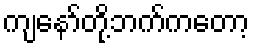
ကျနော်တို့ဘက်ကတော့